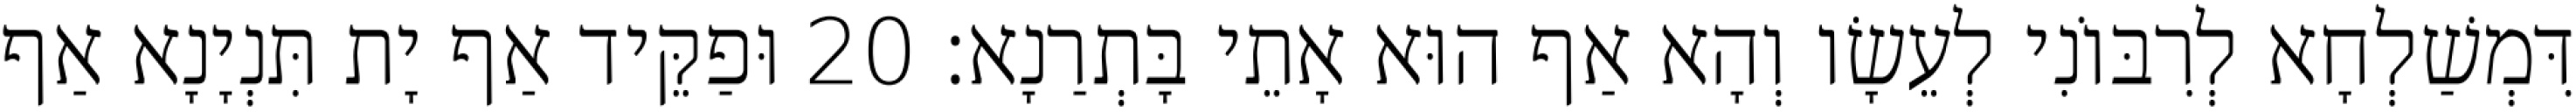
דִּמְשַׁלְחָא לְרִבּוֹנִי לְעֵשָׂו וְהָא אַף הוּא אָתֵי בָּתְרַנָא׃ 20 וּפַקֵּיד אַף יָת תִּנְיָנָא אַף